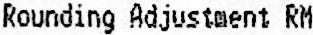
ROUNDING ADJUSTMENT RM